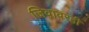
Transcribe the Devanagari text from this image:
जिवावरही